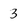
Character: 3